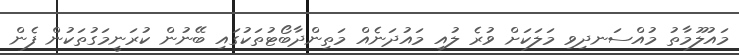
މައުލޫމާތު މުއްސަނދިވި މަލަކަށް ވުރެ ލުއި މައުދަނެއް މަތިންދާބޯޓުތަކުގައި ބޭނުން ކުރަނީމަގުތަކުން ފެން